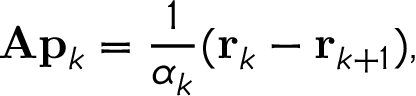
\mathbf { A } \mathbf { p } _ { k } = { \frac { 1 } { \alpha _ { k } } } ( \mathbf { r } _ { k } - \mathbf { r } _ { k + 1 } ) ,